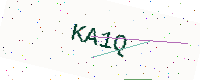
Text: KA1Q